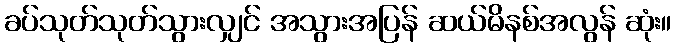
ခပ်သုတ်သုတ်သွားလျှင် အသွားအပြန် ဆယ်မိနစ်အလွန် ဆုံး။